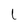
Character: L